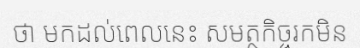
ថា មកដល់ពេលនេះ សមត្ថកិច្ចរកមិន